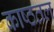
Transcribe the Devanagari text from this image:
काष्ठतल